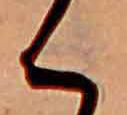
く